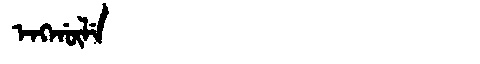
Manchu: ᡝᠩᡤᡡᠯᡝ
Romanization: ENGGŪLE